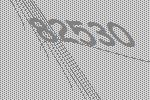
82530